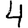
Digit: 4